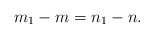
\begin{align*}m_1-m=n_1-n. \end{align*}